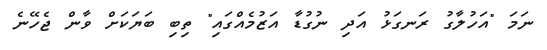
ނަމަ "އަހުލާގު ރަނގަޅު އަދި ނުގުޑާ އަޒުމެއްގައި" ތިބި ބަޔަކަށް ވާން ޖެހޭނެ